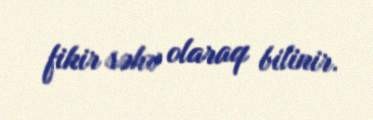
fikir səhv olaraq bilinir.